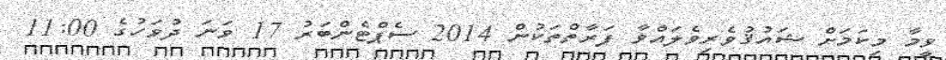
ވީމާ މިކަމަށް ޝައުޤުވެރިވެލައްވާ ފަރާތްތަކުން 2014 ސެޕްޓެންބަރު 17 ވަނަ ދުވަހުގެ 11:00